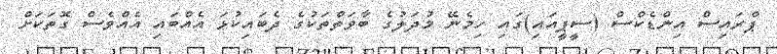
ޕްރައިސް އިންޑެކްސް (ސީޕީއައި)ގައި ހިމެނޭ މުދަލުގެ ބާވަތްތަކުގެ ދެބައިކުޅަ އެއްބައި އެއްވެސް ގޮތަކަށް